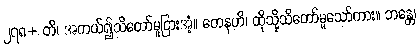
၂၇၈+ တိ၊ အကယ်၍သိတော်မူငြားအံ့။ တေနဟိ၊ ထိုသို့သိတော်မူသော်ကား။ ဘန္တေ၊